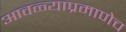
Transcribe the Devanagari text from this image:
आवळ्याप्रमाणेच